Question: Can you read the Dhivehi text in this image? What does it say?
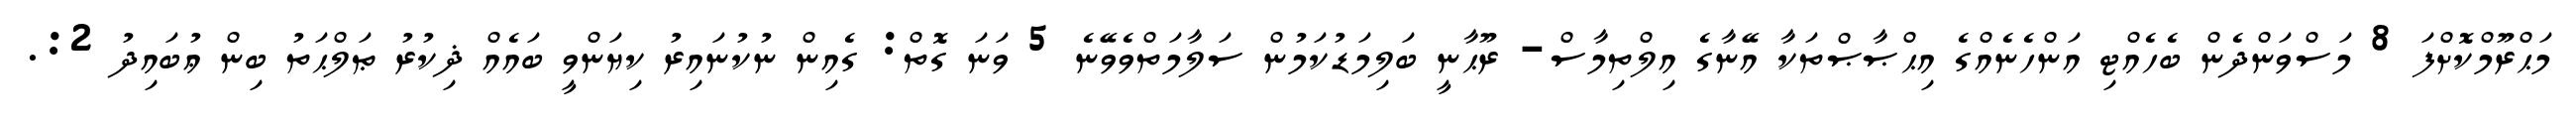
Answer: މަޙްރޫމްކޮށްފަ 8 މަސްވަންދެން ބެހެއްޓި އަންހެނެއްގެ އިޙްޞާޞްތަކާ އޭނާގެ އިލްތިމާސް- ރޫޙާނީ ބަލިމަޑުކަމުން ސަލާމަތްވެވޭނެ 5 ވަނަ ގޮތް: ގެއިން ނުކުނައިރު ކިޔަންވީ ބައެއް ޛިކުރު ޠަލްޙަތު ބިން ޢުބައިދު 2:.